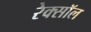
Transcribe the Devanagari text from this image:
रेक्सॉल